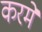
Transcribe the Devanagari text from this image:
करमें